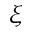
\xi